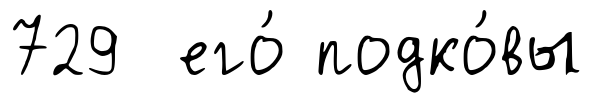
729 его́ подко́вы